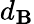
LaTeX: d_{\mathbf{B}}